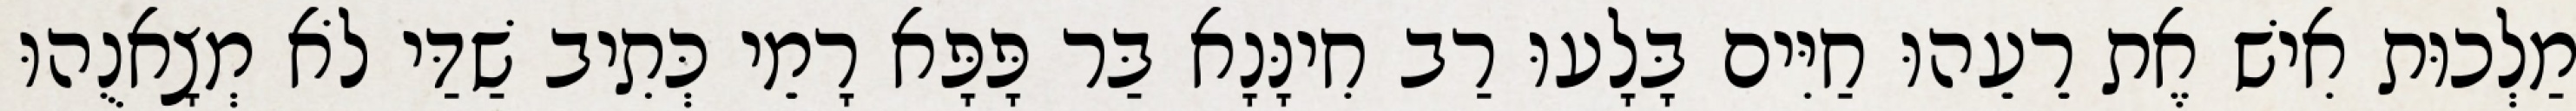
מַלְכוּת אִישׁ אֶת רֵעֵהוּ חַיִּים בָּלָעוּ רַב חִינָּנָא בַּר פָּפָּא רָמֵי כְּתִיב שַׁדַּי לֹא מְצָאנֻהוּ